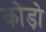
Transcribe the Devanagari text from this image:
कोड़ो